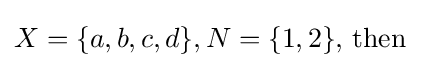
X=\{a,b,c,d\},N=\{1,2\}{\text{, then }}